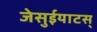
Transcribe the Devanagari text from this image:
जेसुईयाटस्